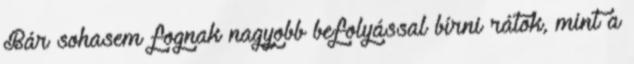
Bár sohasem fognak nagyobb befolyással bírni rátok, mint a